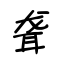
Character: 聋